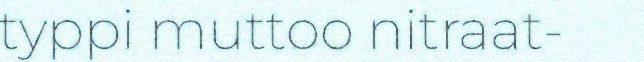
typpi muttoo nitraat-